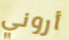
أروني